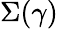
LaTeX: \Sigma(\gamma)